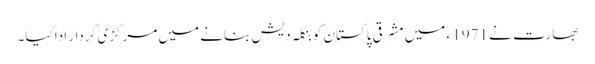
بھارت نے 1971 ء میں مشرقی پاکستان کو بنگلہ دیش بنانے میں مرکزی کردار ادا کیا۔